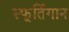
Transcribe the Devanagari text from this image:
स्फूर्तिगान